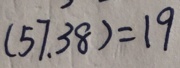
( 5 7 . 3 8 ) = 1 9